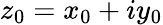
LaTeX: z_{0}=x_{0}+iy_{0}